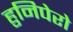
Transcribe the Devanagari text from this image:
हुनिपेरो